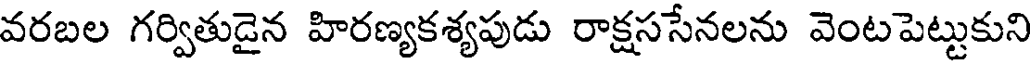
వరబల గర్వితుడైన హిరణ్యకశ్యపుడు రాక్షససేనలను వెంటపెట్టుకుని